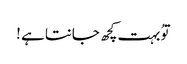
توُ بہت کچھ جانتا ہے !